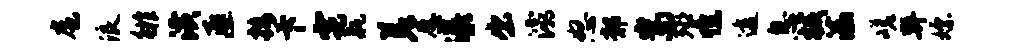
扈浪徘潢匪接卞霓瓶差愿瀑出灞怒鄣嵩殛憔透息械溘嵯弊嫖